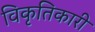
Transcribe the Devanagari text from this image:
विकृतिकारी